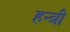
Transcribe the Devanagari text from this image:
हन्त्री